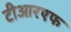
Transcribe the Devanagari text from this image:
टीआरएफ